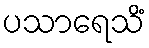
ပသာရေသိံ